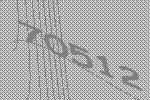
70512